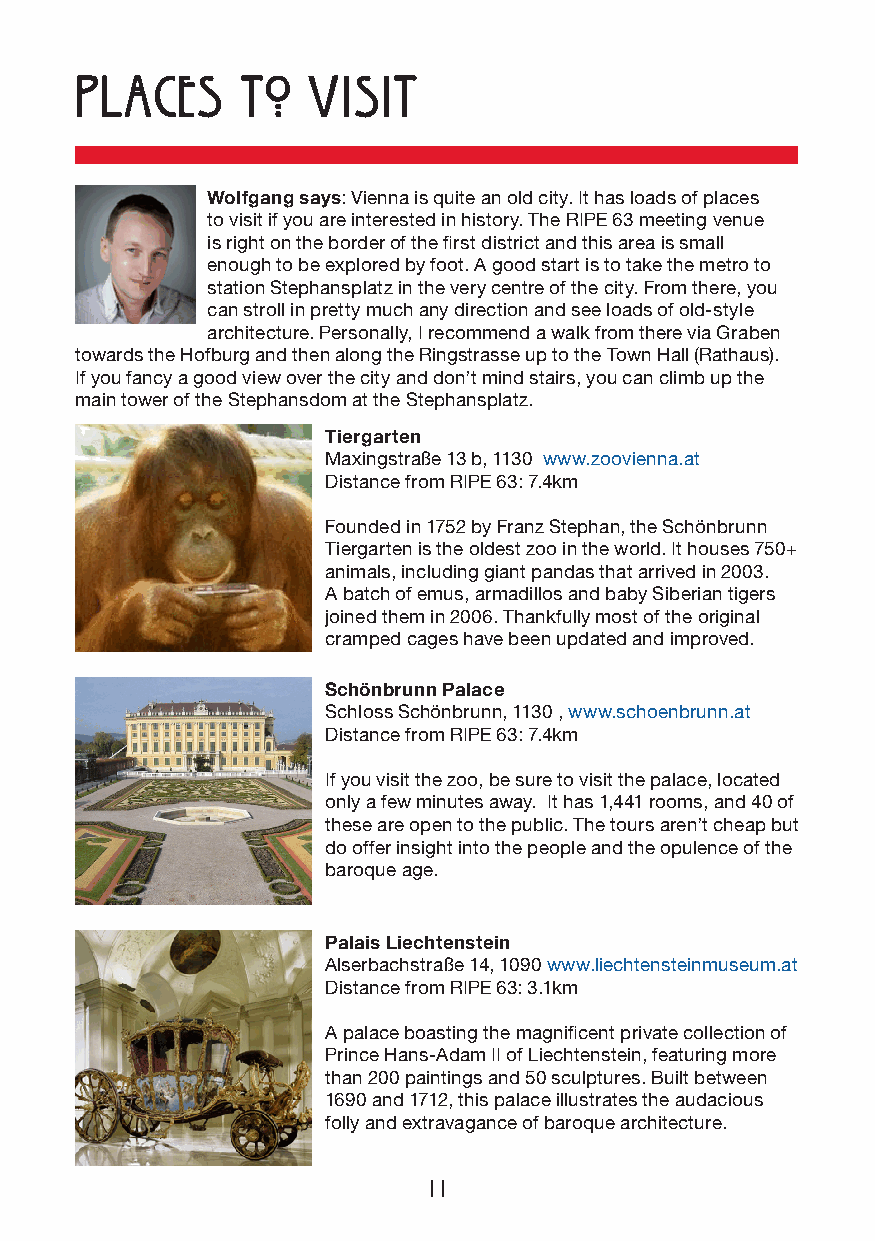
places     to  Visit
 Wolfgang says: Vienna is quite an old city. It has loads of places
 to visit if you are interested in history. The RIPE 63 meeting venue
 is right on the border of the first district and this area is small
 enough to be explored by foot. A good start is to take the metro to
 station Stephansplatz in the very centre of the city. From there, you
 can stroll in pretty much any direction and see loads of old-style
 architecture. Personally, I recommend a walk from there via Graben
 towards the Hofburg and then along the Ringstrasse up to the Town Hall (Rathaus).
 If you fancy a good view over the city and don’t mind stairs, you can climb up the
 main tower of the Stephansdom at the Stephansplatz.
 Tiergarten
 Maxingstraße 13 b, 1130 www.zoovienna.at
 Distance from RIPE 63: 7.4km
 Founded in 1752 by Franz Stephan, the Schönbrunn
 Tiergarten is the oldest zoo in the world. It houses 750+
 animals, including giant pandas that arrived in 2003.
 A batch of emus, armadillos and baby Siberian tigers
 joined them in 2006. Thankfully most of the original
 cramped cages have been updated and improved.
 Schönbrunn Palace
 Schloss Schönbrunn, 1130 , www.schoenbrunn.at
 Distance from RIPE 63: 7.4km
 If you visit the zoo, be sure to visit the palace, located
 only a few minutes away. It has 1,441 rooms, and 40 of
 these are open to the public. The tours aren’t cheap but
 do offer insight into the people and the opulence of the
 baroque age.
 Palais Liechtenstein
 Alserbachstraße 14, 1090 www.liechtensteinmuseum.at
 Distance from RIPE 63: 3.1km
 A palace boasting the magnificent private collection of
 Prince Hans-Adam II of Liechtenstein, featuring more
 than 200 paintings and 50 sculptures. Built between
 1690 and 1712, this palace illustrates the audacious
 folly and extravagance of baroque architecture.
 11